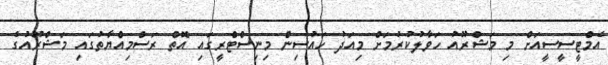
އެމްޓީސީސީއަށް މި މަޝްރޫއު ހަވާލުކުރުމަށް މިއަދު ހައުސިން މިނިސްޓްރީގައި އޮތް ރަސްމިއްޔާތުގައި މަޝްރޫއުގެ